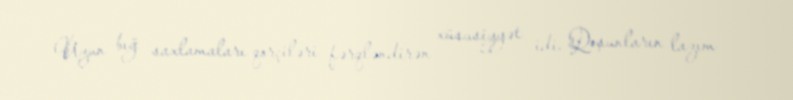
Uzun bığ saxlamaları qorçiləri fərqləndirən xüsusiyyət idi. Qoşunların lazım